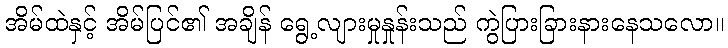
အိမ်ထဲနှင့် အိမ်ပြင်၏ အချိန် ရွေ့လျားမှုနှုန်းသည် ကွဲပြားခြားနားနေသလော။